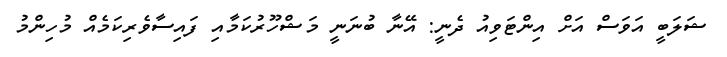
ޝަލަބީ އަވަސް އަށް އިންޓަވިއު ދެނީ: އޭނާ ބުނަނީ މަޝްހޫރުކަމާއި ފައިސާވެރިކަމެއް މުހިންމު